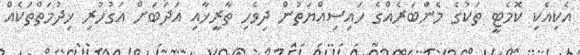
އެކިއެކި ކޮމެޓީ ތަކުގެ މެންބަރެއްގެ ހައިސިއްޔަތުން ދިވެހި ތާރީޚާއި އަދަބަށް އަގުހުރި ޚިދުމަތްތަކެއް